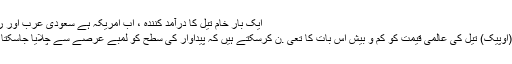
ایک بار خام تیل کا درآمد کنندہ ، اب امریکہ ہے سعودی عرب اور روس سے آگے - دنیا کا سب سے بڑا پروڈیوسر.
دن جب تیل برآمد کرنے والے ممالک کی تنظیم (اوپیک) تیل کی عالمی قیمت کو کم و بیش اس بات کا تعی .ن کرسکتے ہیں کہ پیداوار کی سطح کو لمبے عرصے سے چلایا جاسکتا ہے: نہ ہی امریکا اور نہ ہی اوپیک کا رکن ہے۔